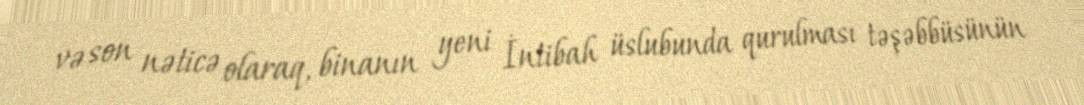
və son nəticə olaraq, binanın yeni İntibah üslubunda qurulması təşəbbüsünün